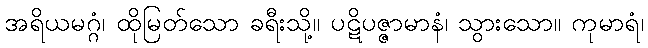
အရိယမဂ္ဂံ၊ ထိုမြတ်သော ခရီးသို့။ ပဋိပဇ္ဇာမာနံ၊ သွားသော။ ကုမာရံ၊